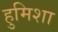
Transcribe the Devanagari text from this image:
हुमिशा